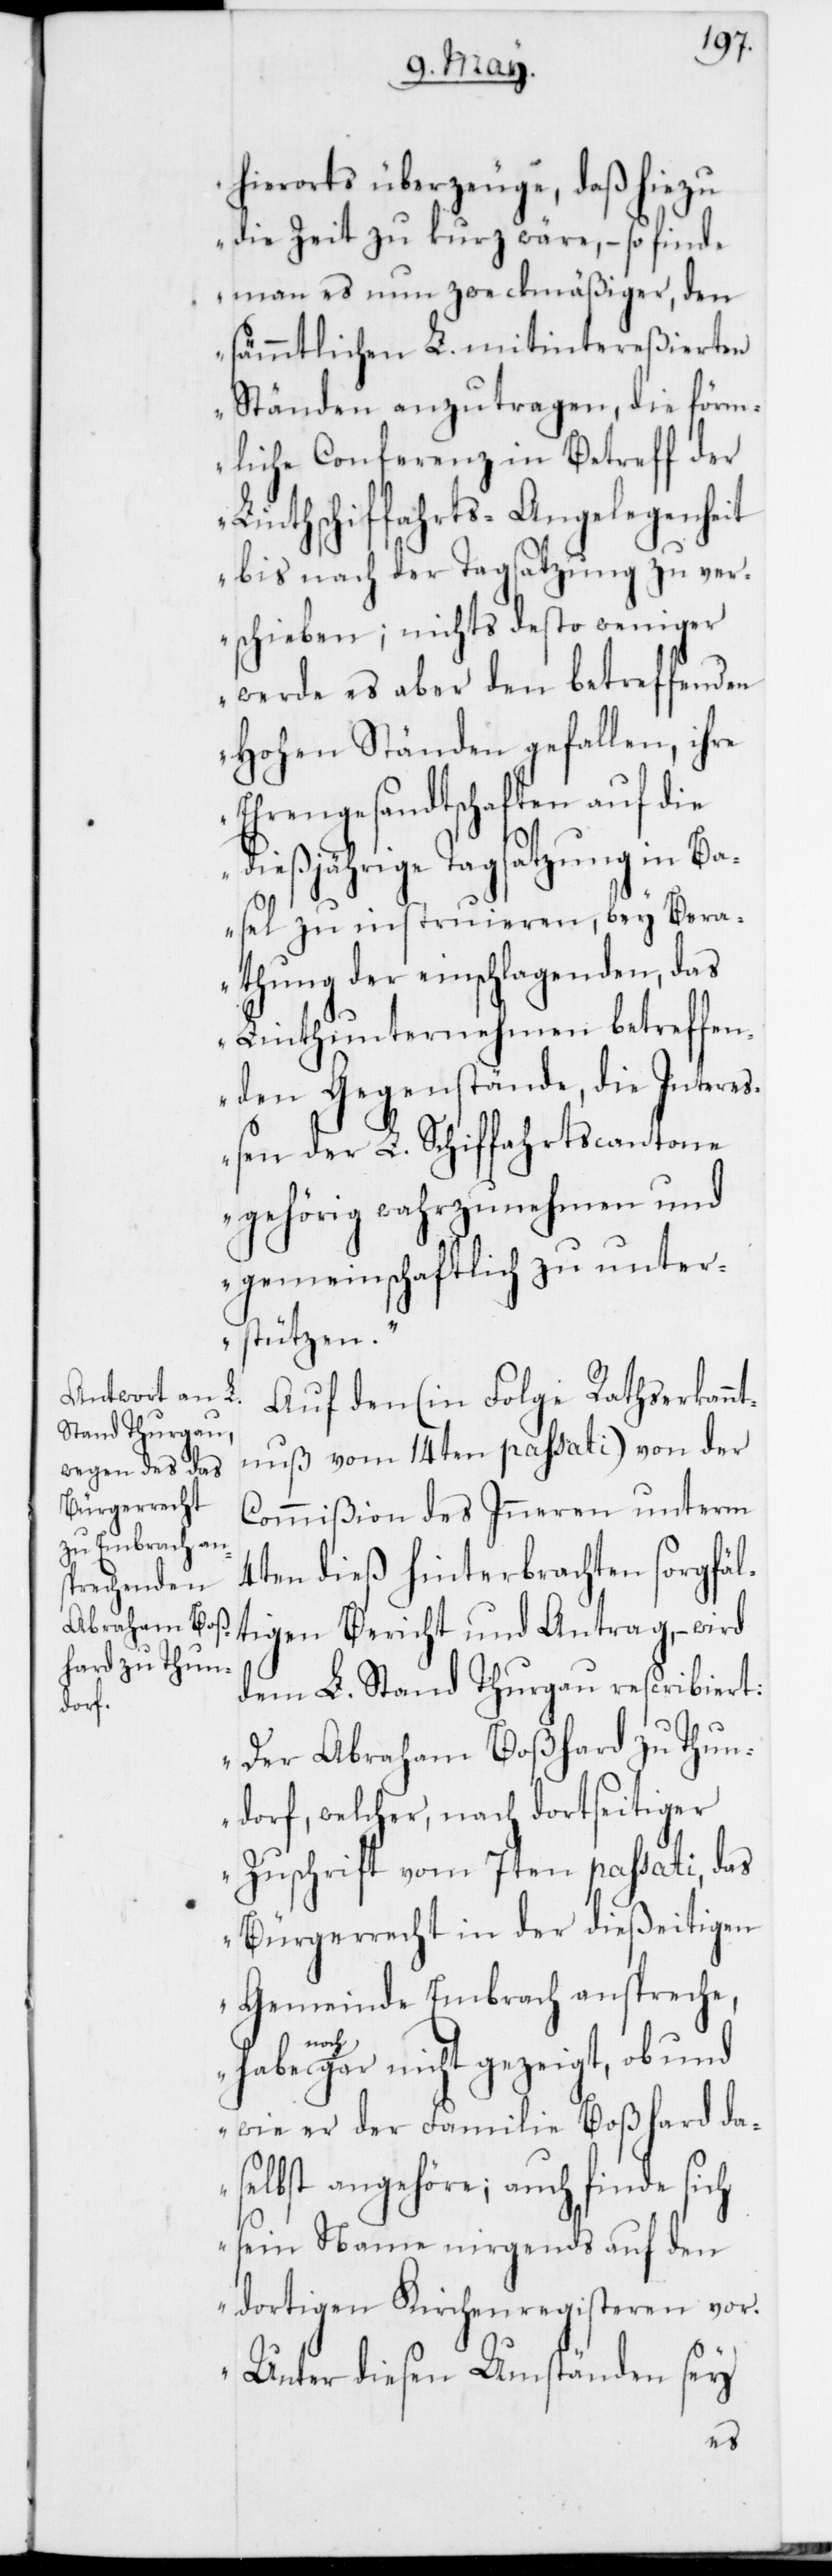
hierorts überzeuge, daß hiezu
die Zeit zu kurz wäre, – so finde
man es nun zweckmäßiger, den
sämmtlichen L. mitintereßierten
Ständen anzutragen, die förm¬
liche Conferenz in Betreff der
inthschiffahrts-Angelegenheit
bis nach der Tagsatzung zu ver¬
schieben; nichts desto weniger
werde es aber den betreffenden
Hohen Ständen gefallen, ihre
Ehrengesandschaften auf die
dießjährige Tagsatzung in Ba¬
L¬
sel zu instruieren, bey Bera¬
thung der einschlagenden, das
Linthunternehmen betreffen¬
den Gegenstände, die Intereß¬
en der L. Schiffahrtscantone
gehörig wahrzunehmen und
gemeinschaftlich zu unter¬
stützen“.
Auf den (in Folge Ratserkann¬
tnuß vom 14ten passati) von der
Commißion des Inneren unterm
4ten dieß hinterbrachten sorgfäl¬
tigen Bericht und Antrag, – wird
dem L. Stand Thurgau rescribiert:
„Der Abraham Boßhard zu Thun¬
dorf, welcher, nach dortseitiger
Zuschrift vom 7ten passati, das
Bürgerrecht in der dießeitigen
Gemeinde Embrach anspreche,
noch
gar nicht gezeigt, ob und
wie er der Familie Boßhhard da¬
selbst angehöre; auch finde sich
sein Name nirgends auf den
dortigen Kirchenregisteren vor.
Unter diesen Umständen sey